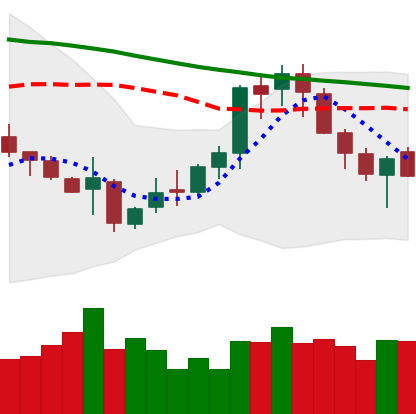
Ticker: XMR-USD
Chart end date: 2018-11-12
Forward return: -16.298%
Label: down_7plus